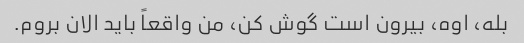
بله، اوه، بیرون است گوش کن، من واقعاً باید الان بروم.